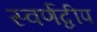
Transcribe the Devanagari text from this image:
स्वर्णद्वीप